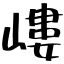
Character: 嶁